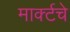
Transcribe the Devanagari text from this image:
मार्क्टचे